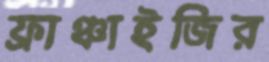
ফ্রাঞ্চাইজির